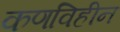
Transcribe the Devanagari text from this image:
कणविहीन